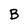
Character: B